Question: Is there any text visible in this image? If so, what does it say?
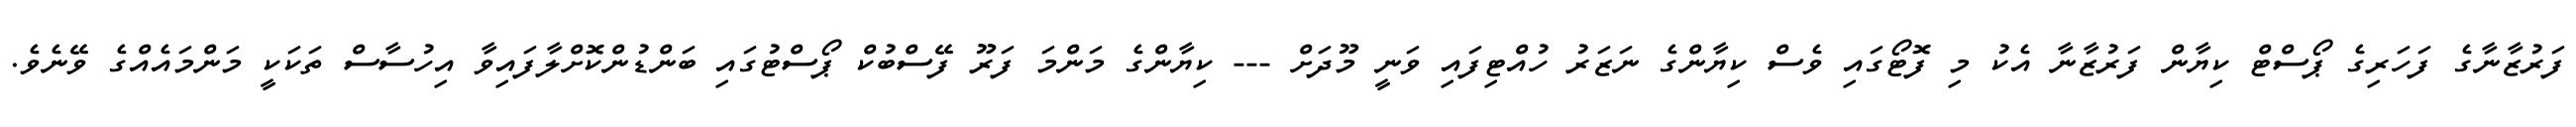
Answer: ފަރުޒާނާގެ ފަހަރިގެ ޕޯސްޓް ކިޔާން ފަރުޒާނާ އެކު މި ފޮޓޯގައި ވެސް ކިޔާންގެ ނަޒަރު ހުއްޓިފައި ވަނީ މޫދަށް --- ކިޔާންގެ މަންމަ ފަރޫ ފޭސްބުކް ޕޯސްޓުގައި ބަންޑުންކޮށްލާފައިވާ އިހުސާސް ތަކަކީ މަންމައެއްގެ ވޭނެވެ.